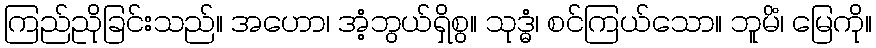
ကြည်ညိုခြင်းသည်။ အဟော၊ အံ့ဘွယ်ရှိစွ။ သုဒ္ဓံ၊ စင်ကြယ်သော။ ဘူမိံ၊ မြေကို။